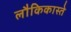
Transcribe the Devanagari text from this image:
लौकिकास्ते